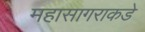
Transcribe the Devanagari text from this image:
महासागराकडे